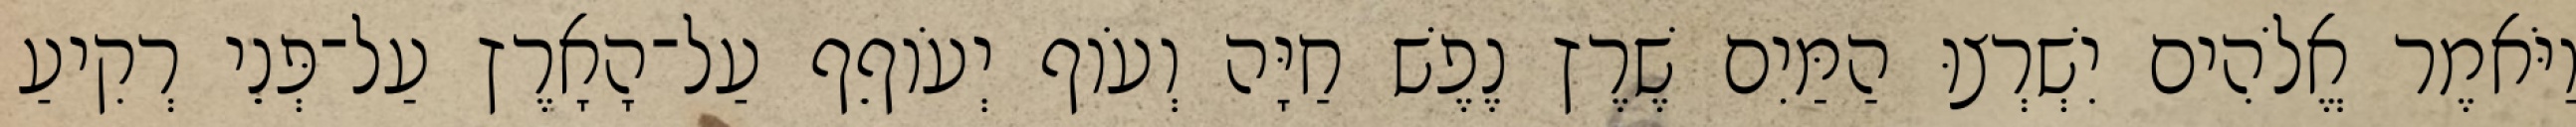
וַיֹּאמֶר אֱלֹהִים יִשְׁרְצוּ הַמַּיִם שֶׁרֶץ נֶפֶשׁ חַיָּה וְעֹוף יְעֹוףֵף עַל־הָאָרֶץ עַל־פְּנֵי רְקִיעַ